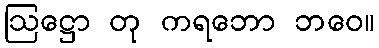
ဩဋ္ဌော တု ကရဘော ဘဝေ။